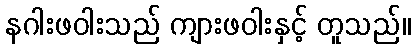
နဂါးဖဝါးသည် ကျားဖဝါးနှင့် တူသည်။